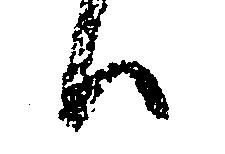
ハ